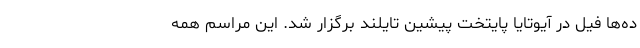
ده‌ها فیل در آیوتایا پایتخت پیشین تایلند برگزار شد. این مراسم همه